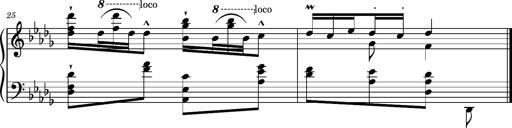
Title: Magyar Tempo
Composer: Franz Liszt
Key: D-flat major